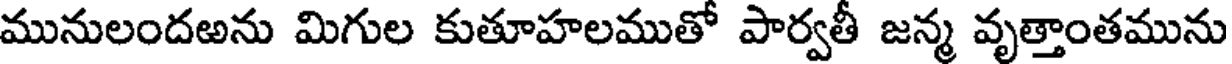
మునులందఱను మిగుల కుతూహలముతో పార్వతీ జన్మ వృత్తాంతమును